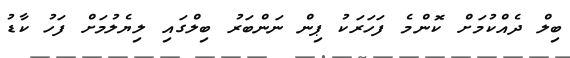
ބިލް ދެއްކުމަށް ކޮންމެ ފަހަރަކު ޕިން ނަންބަރު ބިލްގައި ލިޔެލުމަށް ފަހު ކާޑު